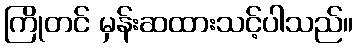
ကြိုတင် မှန်းဆထားသင့်ပါသည်။